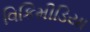
વિકિમીડિયા